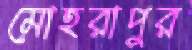
মোহরাপুর